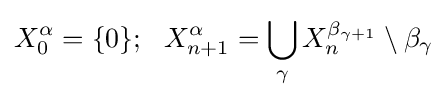
X_{0}^{\alpha }=\{0\};\ \ X_{n+1}^{\alpha }=\bigcup _{\gamma }X_{n}^{\beta _{\gamma +1}}\setminus \beta _{\gamma }